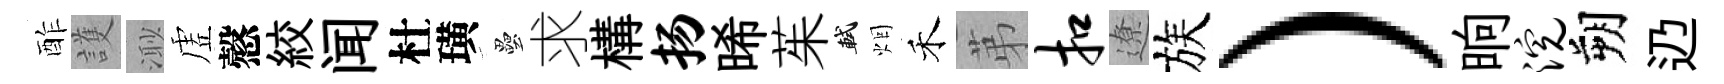
酢護𣺌虗慤絞闻杜璜壘求構扬晞茱軾烟禾苐扣遼族）晌浣朔辸